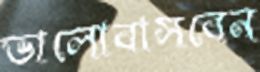
ভালোবাসবেন